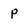
Character: p